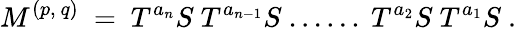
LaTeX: M^{(p,~q)}~=~T^{a_{n}}S~T^{a_{n-1}}S~......~T^{a_{2}}S~T^{a_{1}}S~.